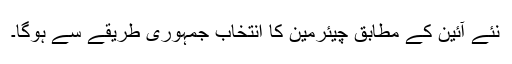
نئے آئین کے مطابق چیئرمین کا انتخاب جمہوری طریقے سے ہوگا۔